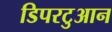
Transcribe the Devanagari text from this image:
डिपरटुआन